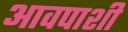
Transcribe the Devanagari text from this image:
आवपाशी